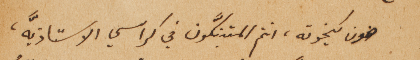
ضون كيخوته، انتم المتبنكَّون في كراسي الاستاذيَّه،